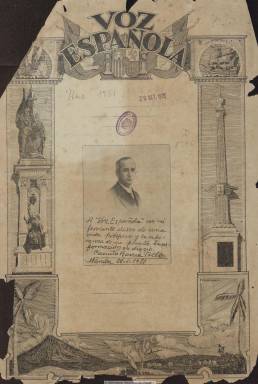
Título: Voz española (Manila. 1931)
Colección: Periódicos
Ámbito geográfico: Filipinas
Lugar de publicación: Manila, Filipinas
Fechas: 07/03/1931-12/12/1931

Aparece el siete de marzo de 1931, con periodicidad semanal (sale los sábados) pero con formato de periódico (hasta cinco columnas), fundado y dirigido por Alberto Campos, quien expresará que había iniciado sus tareas periodísticas tres décadas antes. El semanario adopta un título parecido al que fuera el diario filipino La voz española (1888-1892). Con una cubierta en la que aparecen motivos españoles (como su escudo oficial, que después desaparecerá) y de la antigua colonia, estampa bajo su cabecera el lema “Al servicio de España, de la armonía hispano-filipina y de los intereses españoles radicados en las Islas Filipinas”. En su primera entrega aparece una dedicatoria manuscrita del catedrático de Derecho Internacional Camilo Barcia Trelles (1888-1961). Sus números, que insertan anuncios publicitarios y fotografías, son de una veintena de páginas.

Suele ofrecer en su cubierta un Sumario de los principales artículos e informaciones que contiene cada número, y otras veces una fotografía, acompañada de un texto. La primera página de cada entrega contiene el editorial y la sección Cablegramas de Madrid, un servicio particular para el periódico de su corresponsal en Madrid, el agente de la propiedad industrial Ramiro de Salazar y Alonso. Dedicará gran espacio a las noticias y artículos relativos y procedentes de España en la mayor parte de sus secciones, así como los referidos a la vida de la colonia española en Filipinas. Se estructura en información general -sobre todo política- de España y de sus provincias, vida deportiva, ecos de sociedad, noticias locales de la semana, noticiero radiográfico mundial, y en otras secciones dedicadas al “séptimo arte” (cine) y a la información económico-financiera, con un boletín de cotizaciones. También incorporará una “página literaria” y una crónica religiosa.

Su tendencia política es de derechas y su ideario, católico; reivindicará la dictadura primoriverista, será muy crítico con el régimen republicano que al mes de su aparición se constituirá en España y se mostrará combativo contra el comunismo. Entre las firmas de sus artículos aparecen las de Manuel Bueno (1874-1936), Ramiro de Maeztu (1875-1936), José Calvo Sotelo (1893-1936) o Ángel Dotor y Municio (1898-1986). El 25 de julio de 1931 (número 21) editará un “Extraordinario del Día Español”, de 72 páginas, con motivo de la festividad de Santiago apóstol, en el que incluirá testimonios del presidente de la República española, Niceto Alcalá Zamora; del capitán general de la Armada española, Juan Aznar; del gobernador general de Filipinas, Dwight F. Davis, del rector de la Universidad de Filipinas, Rafael de Palma, y de los presidentes del Senado y de la Cámara de Representantes filipina, entre otras autoridades. También dedicará números especiales a conmemorar el 2 de mayo de 1808 y el “Día de la Raza” (12 de octubre).

El número 41, correspondiente al 12 de diciembre de 1931, es el último de la colección de la Biblioteca Nacional de España. Debió seguir publicándose semanalmente, ya que se conoce el número 53, de cinco de marzo de 1932, que inicia su segundo año de edición, en el que ofrece su respetuosa bienvenida al nuevo gobernador general de las Islas Filipinas, Teodoro Roosevelt.